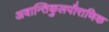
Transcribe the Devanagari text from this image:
अवान्तिकुलपौराणिक